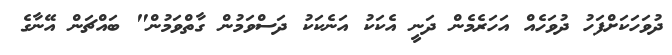
ދުވަހަކަށްފަހު ދުވަހެއް އަހަރެމެން ދަނީ އެކަކު އަނެކަކު ދަސްވަމުން ގާތްވަމުން" ބައްޗަން އޭނާގެ